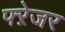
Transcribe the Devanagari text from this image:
फ्ऱेजर